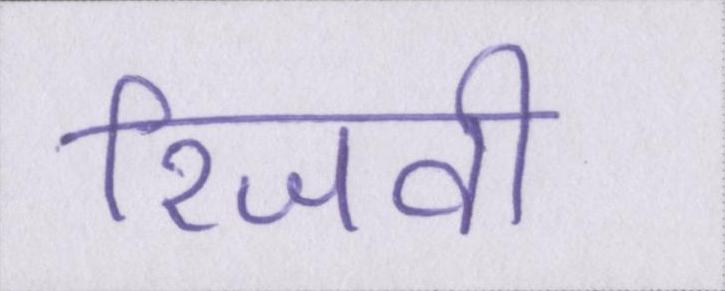
रिजवी